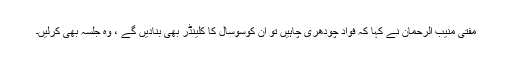
مفتی منیب الرحمان نے کہا کہ فواد چودھری چاہیں تو ان کوسوسال کا کلینڈر بھی بنادیں گے ، وہ جلسہ بھی کرلیں۔